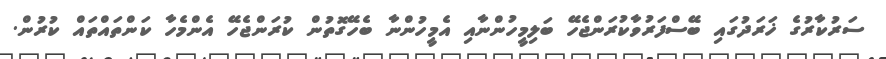
ސަރުކާރުގެ ޚަރަދުގައި ބޭސްފަރުވާކުރަންޖެހޭ ބަލިމީހުންނާއި އެމީހުންނާ ބެހޭގޮތުން ކުރަންޖެހޭ އެންމެހާ ކަންތައްތައް ކުރުން.